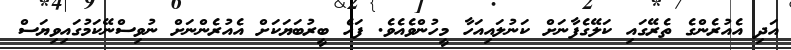
އަދި އެއުރެންގެ ތެރޭގައި ކަލޭގެފާނަށް ކަނުލައިއަހާ މީހުންވެއެވެ. ފަހެ ބީރުބަޔަކަށް އެއުރެންނަށް ނުވިސްނޭކަމުގައިވިޔަސް